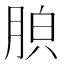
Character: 𦛤